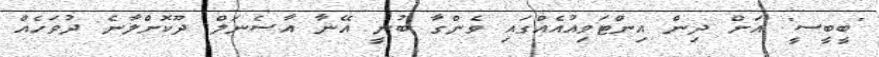
"ބީބީސީ" އަށް ދިން އިންޓަވިއުއެއްގައި ވެންގާ ބުނީ އޭނާ އާސެނަލް ދޫކޮށްލާނެ ދުވަހެއް